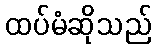
ထပ်မံဆိုသည်